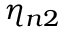
\eta _ { n 2 }